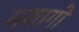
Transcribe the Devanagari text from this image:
मथागो